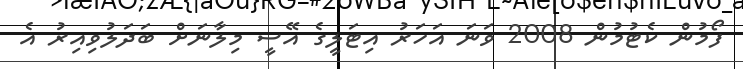
ފޯމުން ކެޓުމުން 2008 ވަނަ އަހަރު އިޓަލީގެ އޭސީ މިލާނަށް ބަދަލުވިއިރު އެ